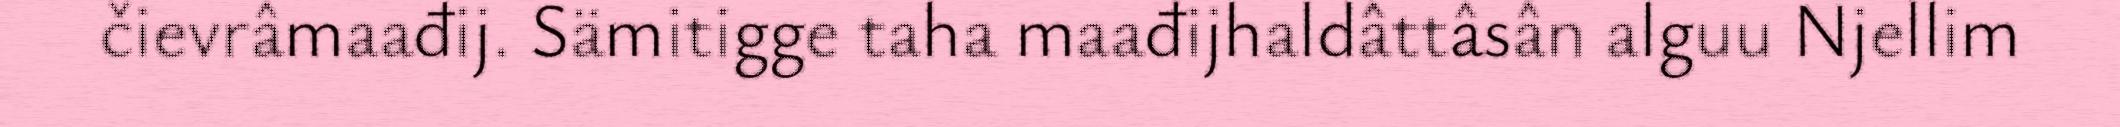
čievrâmaađij. Sämitigge taha maađijhaldâttâsân alguu Njellim